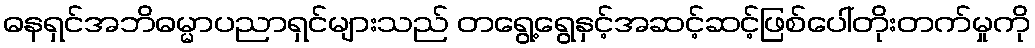
ဓနရှင်အဘိဓမ္မာပညာရှင်များသည် တရွေ့ရွေနှင့်အဆင့်ဆင့်ဖြစ်ပေါ်တိုးတက်မှုကို